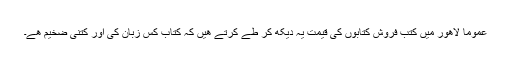
عموماً لاھور میں کتب فروش کتابوں کی قیمت یہ دیکھ کر طے کرتے ھیں کہ کتاب کس زبان کی اور کتنی ضخیم ھے۔